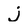
Character: j